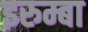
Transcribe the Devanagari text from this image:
इरुम्बा